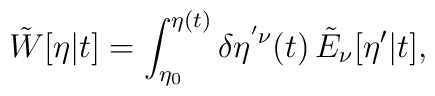
\tilde{W}[\eta|t] = \int_{\eta_0}^{\eta(t)} \delta \eta^{' \nu}(t)   \,\tilde{E}_\nu[\eta'|t],